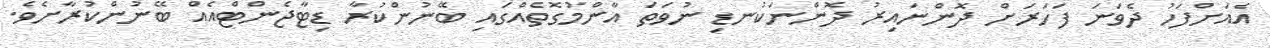
އެއަށްފަހު ދެވަނަ ފަހަރަށް ދޮންނައިރު ދޮންނަކުނޑި ނުވަތަ އާންމުގޮތެއްގައި ބޭނުންކުރާ ޑިޓާޖެންޓްއެއް ބޭނުންކުރާށެވެ.